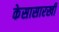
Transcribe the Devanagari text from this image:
केसासारखी